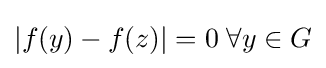
|f(y)-f(z)|=0\;\forall y\in G